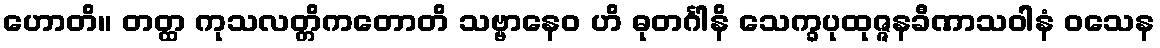
ဟောတိ။ တတ္ထ ကုသလတ္တိကတောတိ သဗ္ဗာနေဝ ဟိ ဓုတင်္ဂါနိ သေက္ခပုထုဇ္ဇနခီဏာသဝါနံ ဝသေန